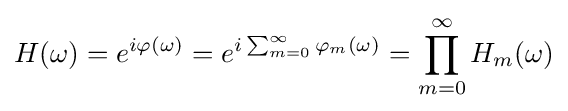
H(\omega )=e^{i\varphi (\omega )}=e^{i\sum _{m=0}^{\infty }\varphi _{m}(\omega )}=\prod _{m=0}^{\infty }H_{m}(\omega )